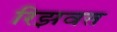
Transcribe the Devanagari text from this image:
रिझवत